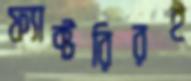
ফ্যাক্টরিরই